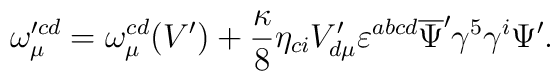
\omega_{\mu}^{\prime cd}=\omega_{\mu}^{cd}(V^{\prime})+\frac{\kappa}{8}\eta_{ci}V^{\prime}_{d\mu}\varepsilon^{abcd}\overline{\Psi}^{\prime}\gamma^{5}\gamma^{i}\Psi^{\prime}.